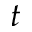
t